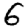
Digit: 6